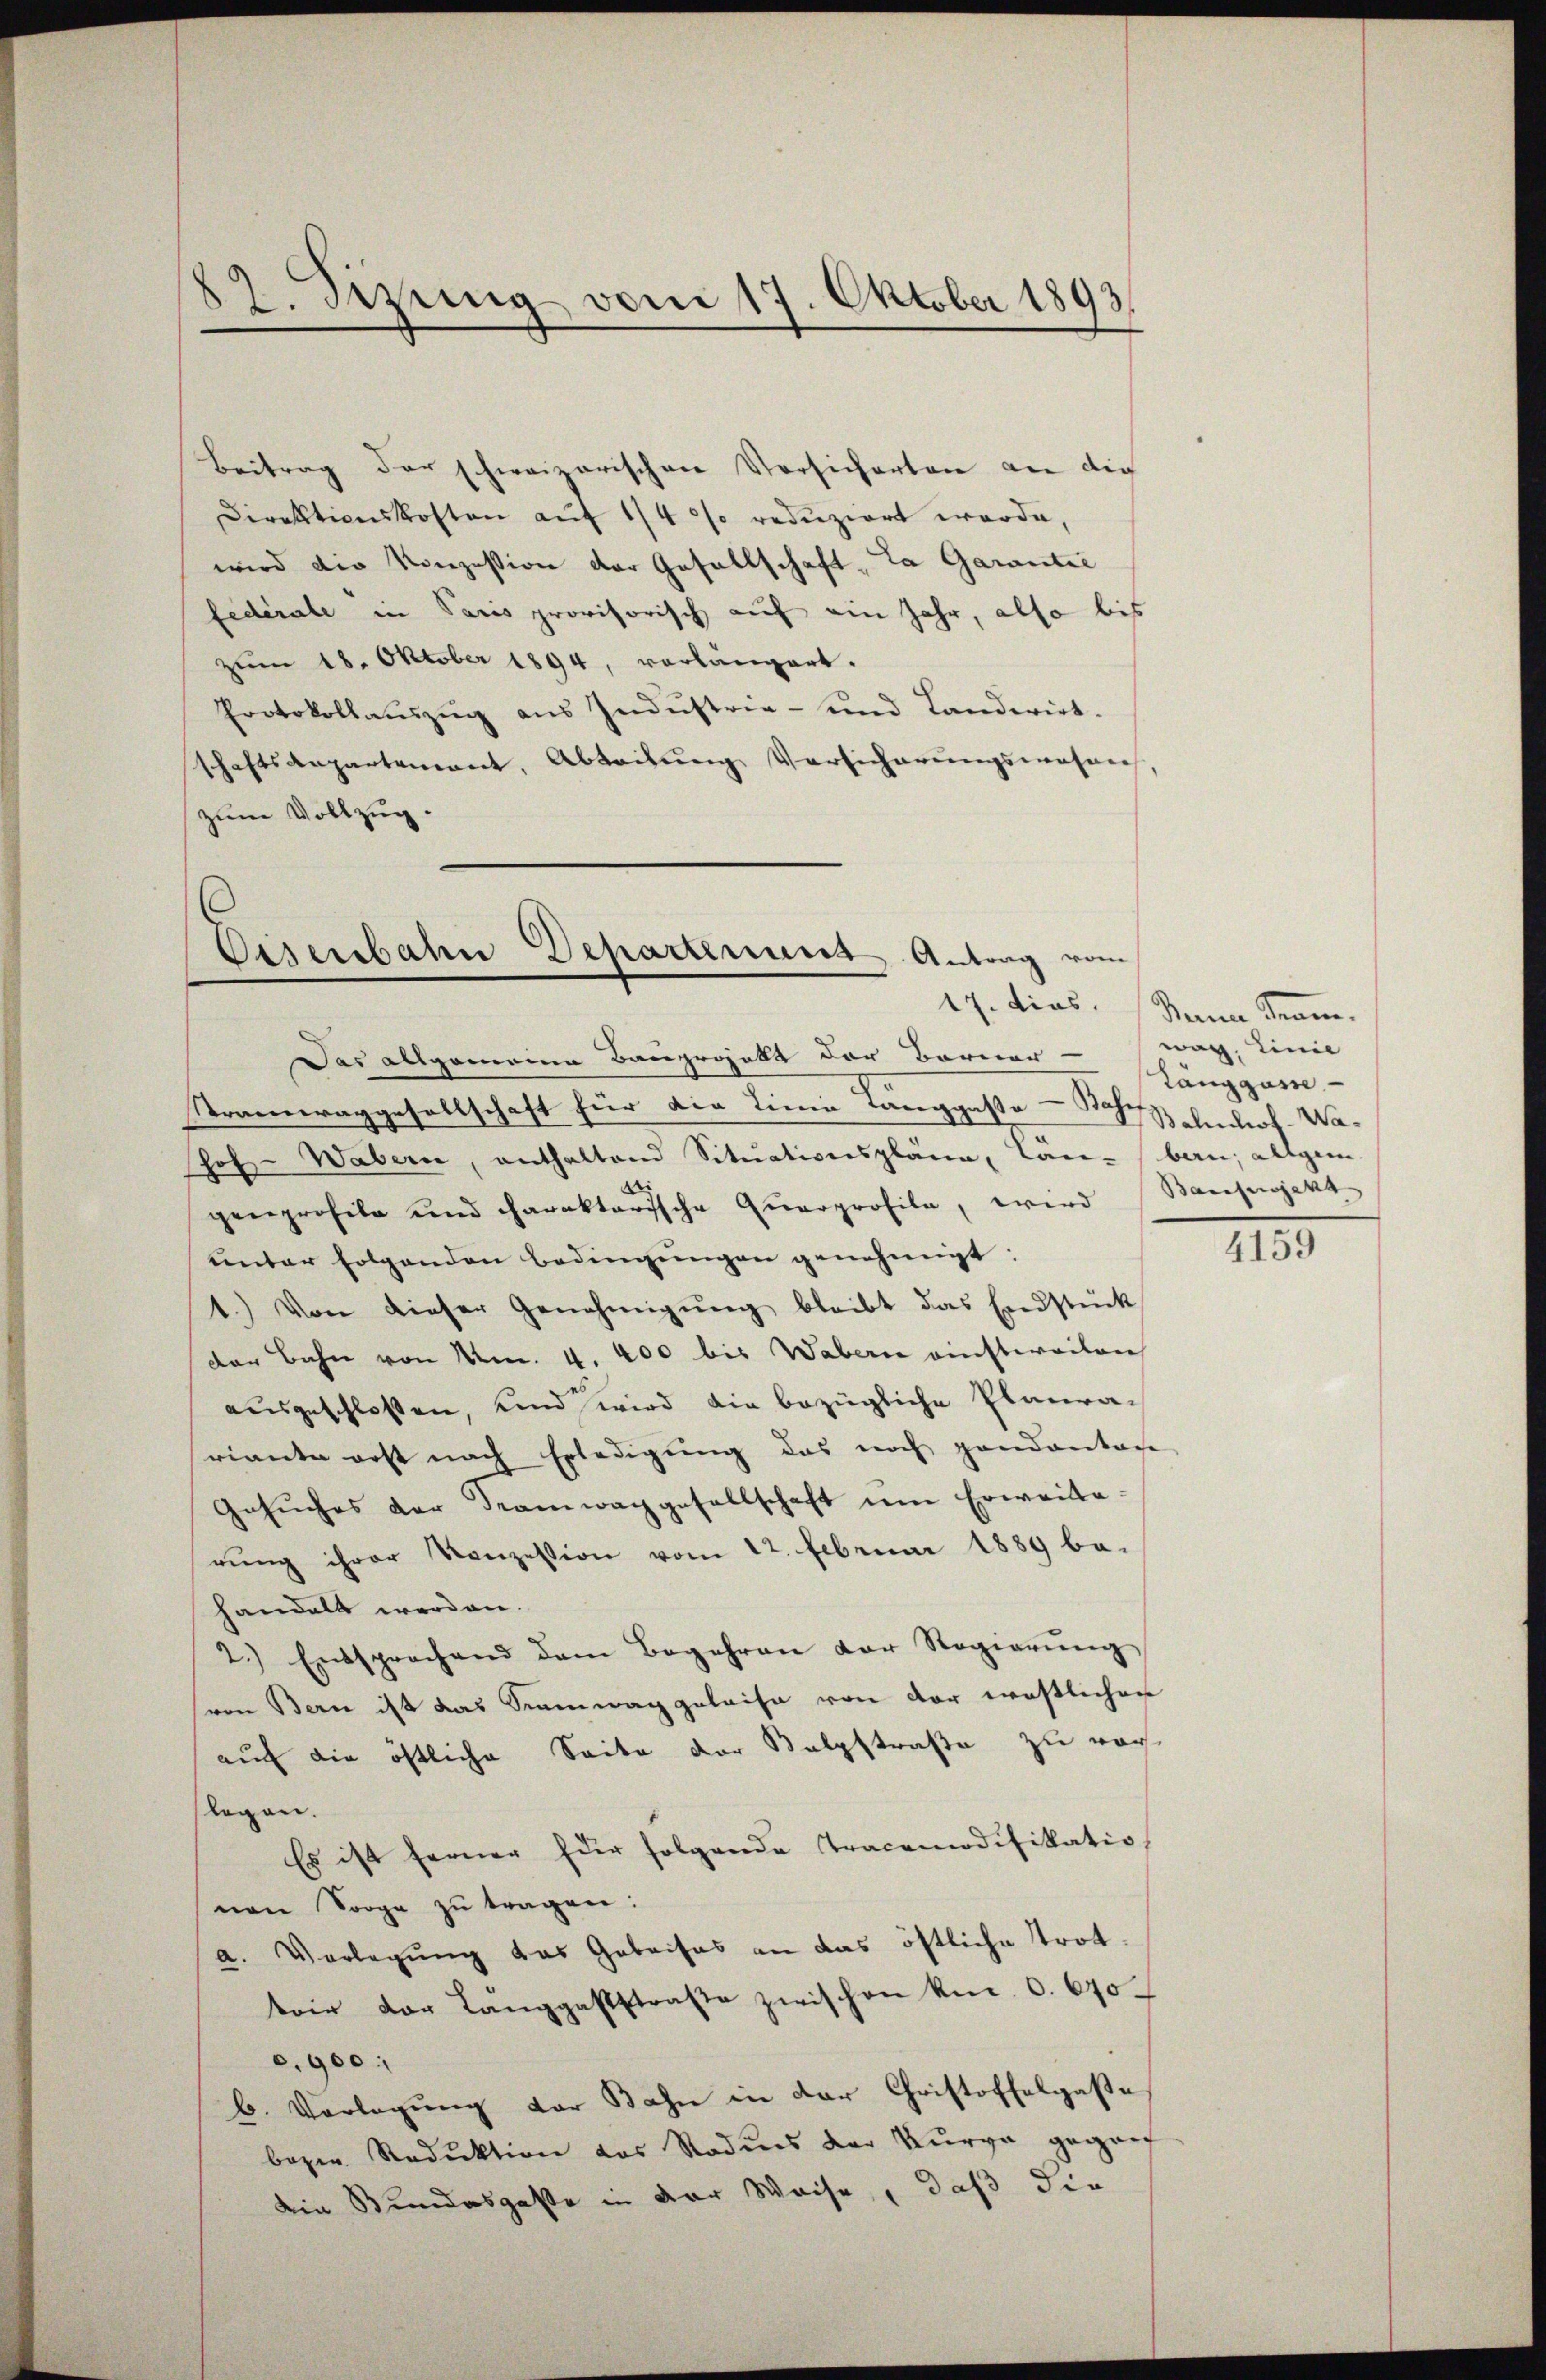
82. Sizung vom 17. Oktober 1893.

Beitrag der schweizerischen Vorsicherten an die
Direktionskosten auf 1/4 % redŭziert werde,
wird die Konzession der Gesellschaft, La Garantie
fédérale in Paris provisorisch auf ein Jahr, also bis
zŭm 18. Oktober 1894, vorlängert.
Protokollauszug aus Indŭstrie- und Landerirt.
schaftsaepartement, Abteilung Versicherungswahnen,
zum Vollzug.

Eizerbahn Departenues Antrag vom

Das allgemeine Baugewalt der Barner - way, Linie
Strameraggesellschaft für die Linie Langgaße - Schischenlich Wa¬
Joh Wabern, enthaltend Situationspläne, Can-ben; allgem.
d
genprofile und charaktarische Quarprofile, wird Bauprojekt
ŭnter folgenden Bedingŭngen genehmigt:
1.) Von dieser Genehmigŭng bleibt das Endstück
der Bahn von Mn. 4. 400 bis Wabern einstweilen
ausgeschlossen, und wird die bezügliche Planrariante erst nach Erledigung das noch pendantan
Gesŭches der Tramwaggesellschaft im Erweiterŭng ihrer Konzession vom 12. Februar 1889 be-
handelt werden.
2.) Entsprechend dem Begehren der Regierŭng
(von Bern ist das Sennwaggeleise von vor westlichen
auf die östliche Seite der Salzstraße zu wach
flegen.
Es ist ferner für folgende Tracomodifikatio
nen Sorge zŭ tragen:
a. Vorlegung das Gabritas an das östliche Trottoir der Länggaststraße zwischen kn. 6. 670
0,900
b. Vorlegung vor Bahn in der Christoffelgaße
bozen Reduktion das Roduns der Kurva gegen
die Stundesgasse in der Weise, daß die

17. dies. Mann Kram.
Langgasse

4159